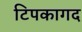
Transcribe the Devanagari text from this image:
टिपकागद